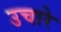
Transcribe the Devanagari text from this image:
उचारे